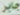
جابر